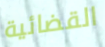
القضائية